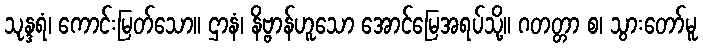
သုန္ဒရံ၊ ကောင်းမြတ်သော။ ဌာနံ၊ နိဗ္ဗာန်ဟူသော အောင်မြေအရပ်သို့။ ဂတတ္တာ စ၊ သွားတော်မူ